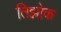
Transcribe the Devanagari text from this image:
तिझोक